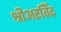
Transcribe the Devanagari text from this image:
श्रीअरविँद